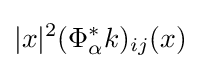
|x|^{2}(\Phi _{\alpha }^{\ast }k)_{ij}(x)